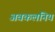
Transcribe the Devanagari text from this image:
अवकलनिय